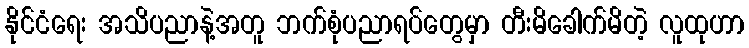
နိုင်ငံရေး အသိပညာနဲ့အတူ ဘက်စုံပညာရပ်တွေမှာ တီးမိခေါက်မိတဲ့ လူထုဟာ